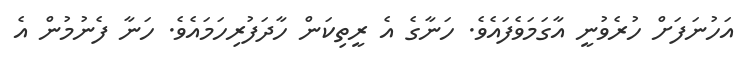
އަހުނަފަށް ހުރެވުނީ އާގަމަވެފައެވެ. ހަނާގެ އެ ރީތިކަން ހާދަފުރިހަމައެވެ. ހަނާ ފެނުމުން އެ